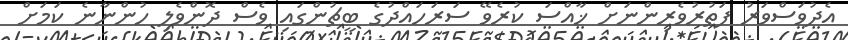
އެދުވަސްވަރު ފަތުރުވެރިންނަށް ޚާއްސަ ކުރެވޭ ސަރަހައްދުގެ ބީޗުންގައި ވެސް ދޮންވެލި ހުންނާނެ ކަމަށް